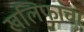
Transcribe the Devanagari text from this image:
खलिफांचा